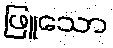
ဖြူသော